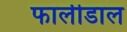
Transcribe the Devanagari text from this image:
फालीडाल